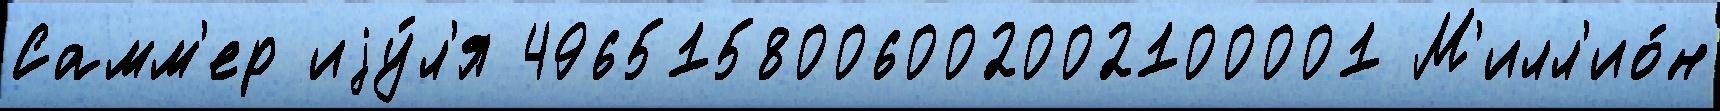
Самм'ер иjу́л'я 4965158006002002100001 М'илл'ио́н